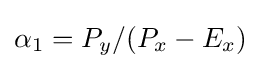
\alpha _{1}=P_{y}/(P_{x}-E_{x})